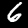
Label: 6